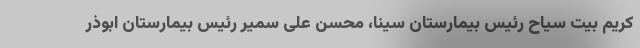
کریم بیت سیاح رئیس بیمارستان سینا، محسن علی سمیر رئیس بیمارستان ابوذر